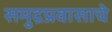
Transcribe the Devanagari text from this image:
समुद्रप्रवासाचे